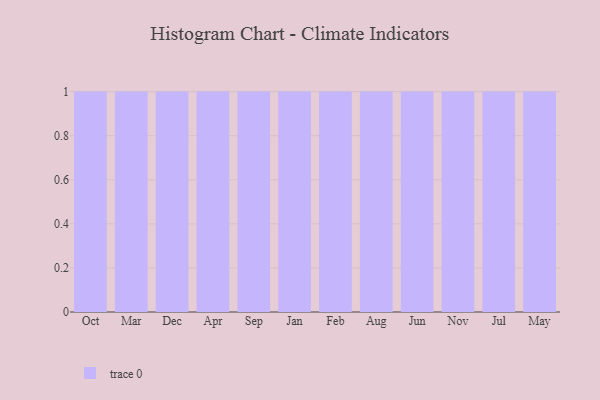
{"axis": {"x": "Month", "y": "Market Share (%)"}, "legend": [""], "data": [{"x": "Oct", "y": 42, "type": ""}, {"x": "Mar", "y": 54, "type": ""}, {"x": "Dec", "y": 43, "type": ""}, {"x": "Apr", "y": 72, "type": ""}, {"x": "Sep", "y": 69, "type": ""}, {"x": "Jan", "y": 19, "type": ""}, {"x": "Feb", "y": 38, "type": ""}, {"x": "Aug", "y": 14, "type": ""}, {"x": "Jun", "y": 39, "type": ""}, {"x": "Nov", "y": 29, "type": ""}, {"x": "Jul", "y": 69, "type": ""}, {"x": "May", "y": 30, "type": ""}]}